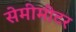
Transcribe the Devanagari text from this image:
सेमीमीटर